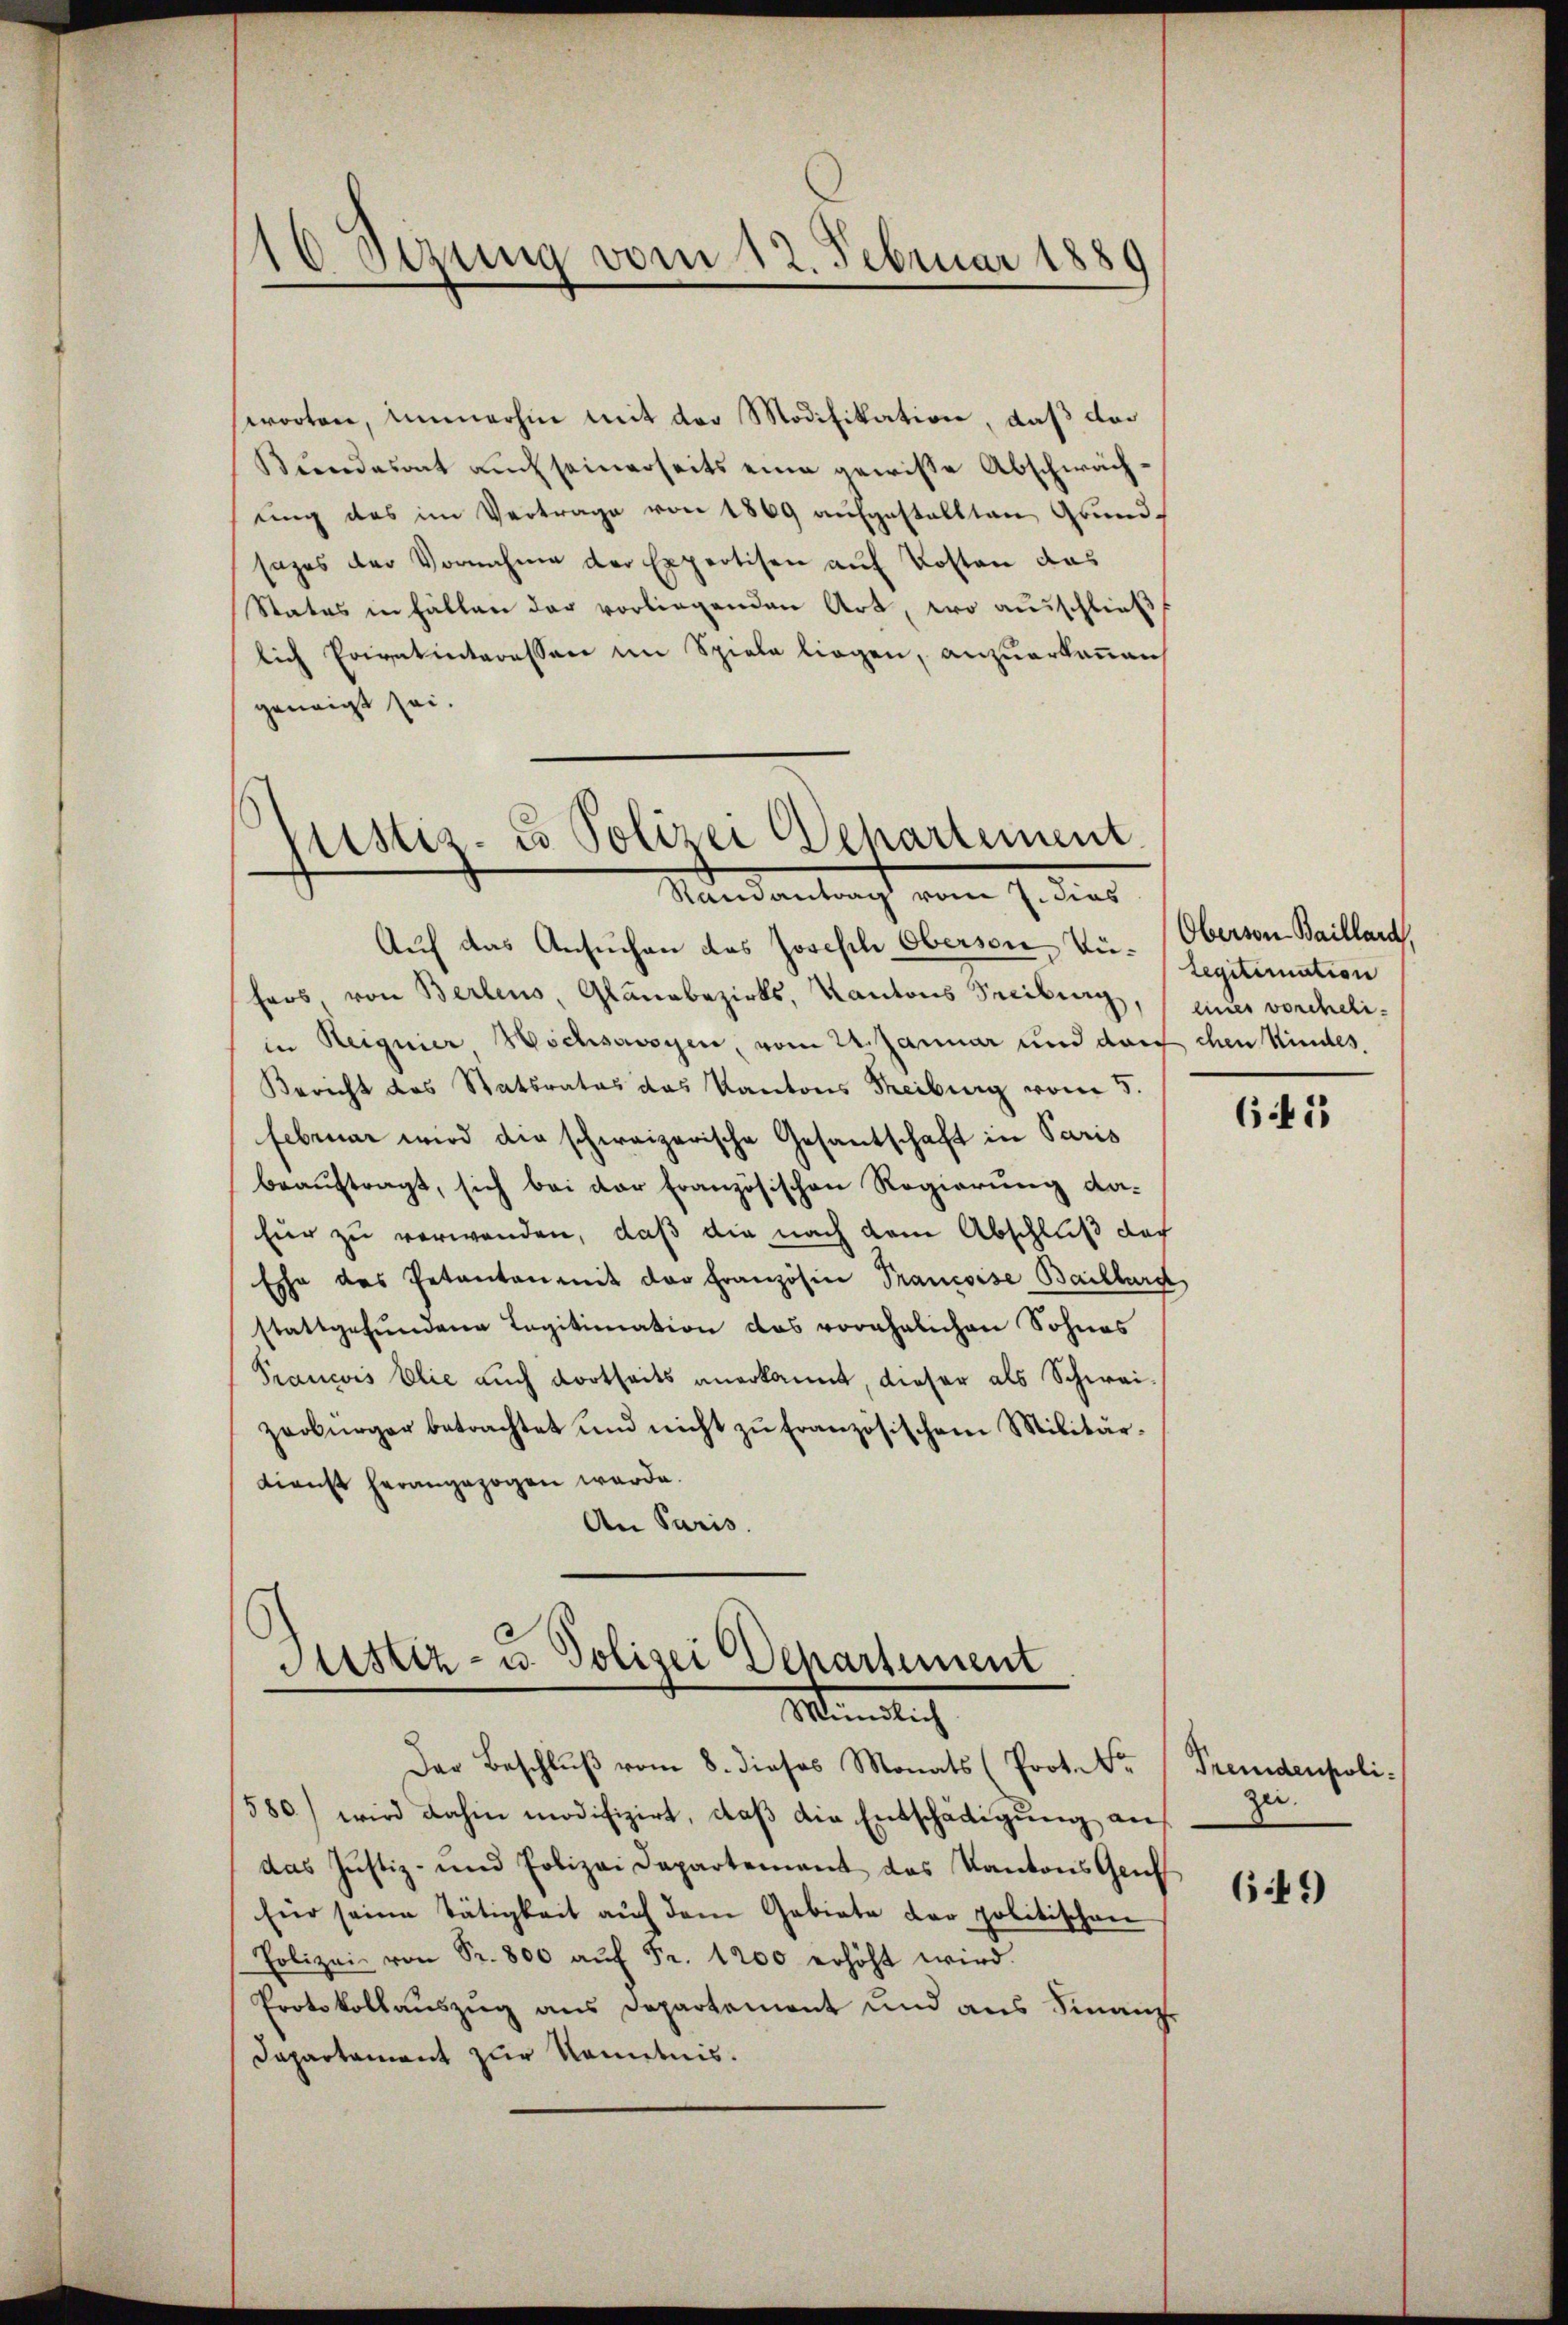
10 Sezung vom 12. Februar 1889

worten, immerhin mit der Modifikation, daß da
Bundesrat auch seinerseits eine gewisse Abschwächŭng das im Vertrage von 1869 aŭfgestallten Grund-
sages der Vornahme der Expertisen auf Kosten das
Status in Fällen der vorliegenden Art, wo ausschließ
lich Privatinteressare im Spiele liegen, anzuerkanen
geneigt sei.

ustiz- u Polizei Departement
Randantrag vom 7. dies

Auf das Ansuchen des Josisch Oberson Vie-Oberson Baillard
hers, von Berlins, Glanzbezirks, Kantons Freiburg, eines voreheliin Reignier Hochsavoyen, vom 24. Januar und da chen Kindes.
Bericht des Statsrates das Kantons Theiburg vom 5.
Februar wird die schweizerische Gesantschaft in Paris
beauftragt, sich bei der Französischen Regierung da¬
Eür zu verwenden, daß die nach dem Abschluß doch
Ehe des Petenten mit der Französin Prancoise Baillard
stattgefŭndene Legitimation das vorehelichen Sohnes
Prancois blie auch dortheils anerkannt, dieser als Schweizerbürger betrachtet und nicht zŭ französischem Militär-
Dienst herangezogen werde.
An Paris.

Der Beschluß vom 8. dieses Monats (Prot. Dr. Fremdenpoli-
580) wird dahin modifizirt, daß die Entschädigung auf
das Justiz- und Polizei Departement des Kantons Geis
Eür seine Tätigkeit auf dem Gebiete der politischen
Polizei von Sr. 800 aŭf Fr. 1200 erhöht wird.
Protokollauszug aus Departement und aus Finanz¬
Dapartament zur Kenntnis.

Sistiz- u. Polizei Departement
Minati

Legitimation

641

zei

649